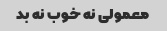
معمولی نه خوب نه بد